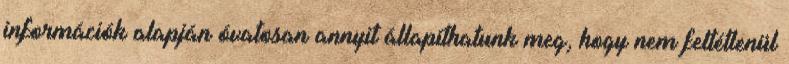
információk alapján óvatosan annyit állapíthatunk meg, hogy nem feltétlenül